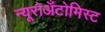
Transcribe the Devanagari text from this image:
न्यूरोअँटोमिस्ट